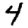
Digit: 4